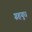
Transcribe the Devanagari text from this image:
ग्रहयुध